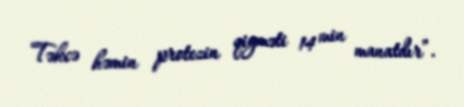
Təkcə həmin protezin qiyməti 14 min manatdır”.